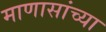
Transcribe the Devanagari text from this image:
माणासांच्या